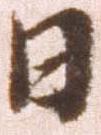
日